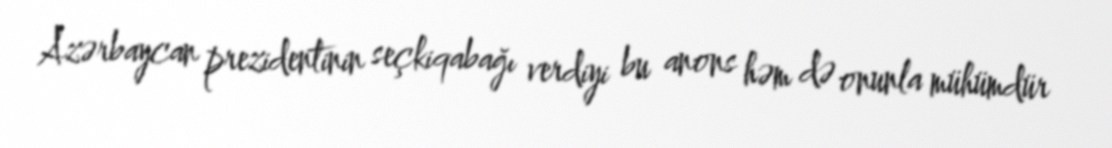
Azərbaycan prezidentinin seçkiqabağı verdiyi bu anons həm də onunla mühümdür